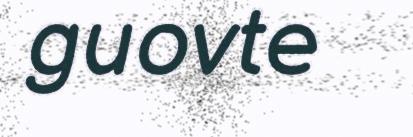
guovte